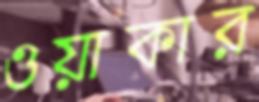
ওয়াকার